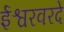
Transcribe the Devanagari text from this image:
ईश्वरवरदे